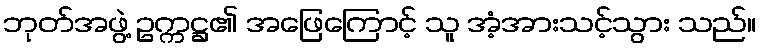
ဘုတ်အဖွဲ့ ဥက္ကဋ္ဌ၏ အဖြေကြောင့် သူ အံ့အားသင့်သွား သည်။